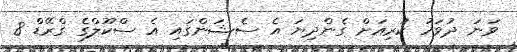
ވަނަ ދުވަހު ކުރިއަށް ގެންދިޔަ އެ ސެޝަންގައި އެ ސްކޫލްގެ ގްރޭޑް 8